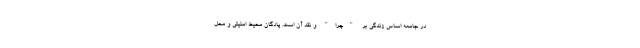
در جامعه اساس زندگی بر "چرا" و نقد آن است. پادگان محیط امنیتی و محل